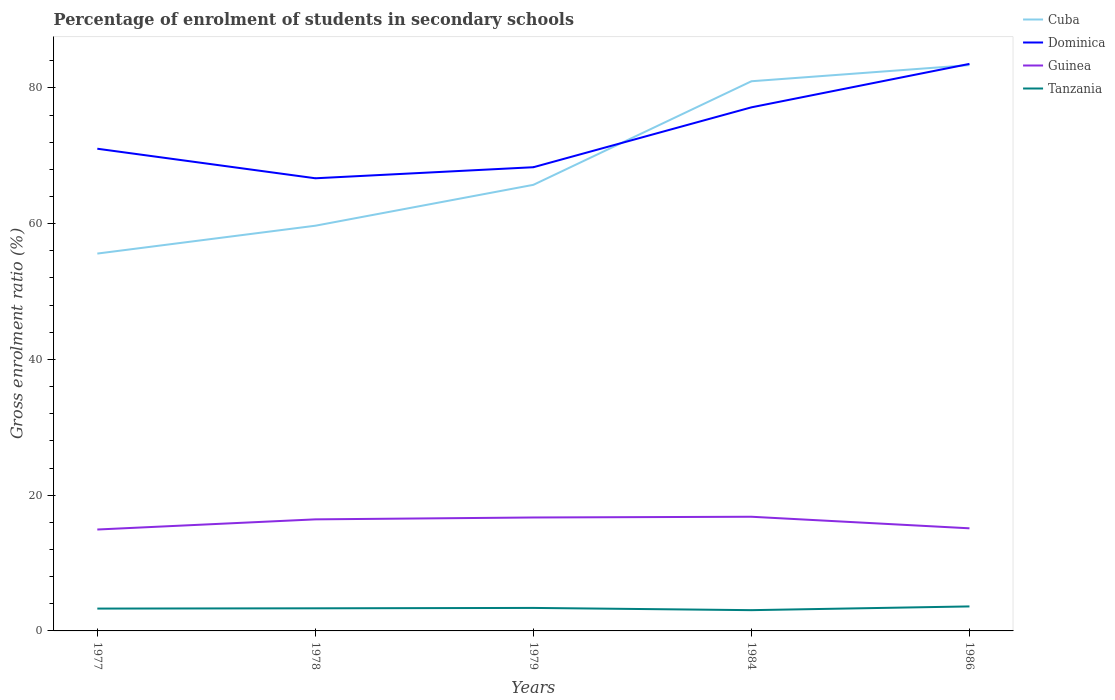
| Years | Cuba | Dominica | Guinea | Tanzania |
 | --- | --- | --- | --- | --- |
 | 1977 | 55.6 | 71 | 14.9 | 3.29 |
 | 1978 | 59.7 | 66.7 | 16.4 | 3.33 |
 | 1979 | 65.7 | 68.3 | 16.7 | 3.39 |
 | 1984 | 81 | 77.1 | 16.8 | 3.06 |
 | 1986 | 83.4 | 83.5 | 15.1 | 3.61 |